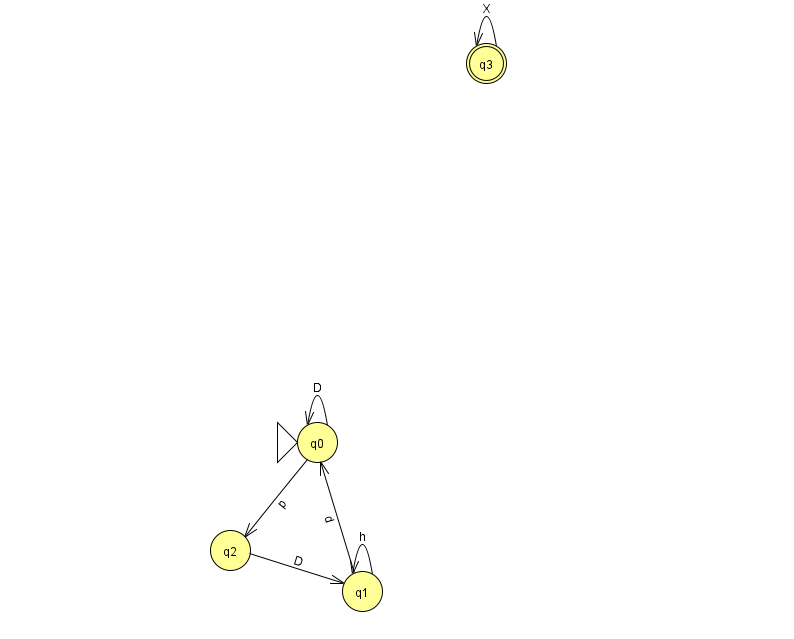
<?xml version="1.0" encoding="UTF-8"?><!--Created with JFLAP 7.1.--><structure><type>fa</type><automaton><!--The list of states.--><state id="0" name="q0"><x>317.0</x><y>429.0</y><initial/></state><state id="1" name="q1"><x>362.0</x><y>578.0</y></state><state id="2" name="q2"><x>230.0</x><y>537.0</y></state><state id="3" name="q3"><x>486.0</x><y>50.0</y><final/></state><!--The list of transitions.--><transition><from>0</from><to>0</to><read>D</read></transition><transition><from>1</from><to>0</to><read>d</read></transition><transition><from>1</from><to>1</to><read>h</read></transition><transition><from>2</from><to>1</to><read>D</read></transition><transition><from>3</from><to>3</to><read>X</read></transition><transition><from>0</from><to>2</to><read>p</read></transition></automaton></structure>